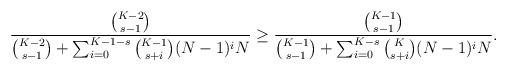
LaTeX: \begin{align*}\frac{\binom{K-2}{s-1}}{\binom{K-2}{s-1}+\sum_{i=0}^{K-1-s} \binom{K-1}{s+i}(N-1)^iN} &\geq \frac{\binom{K-1}{s-1}}{\binom{K-1}{s-1}+\sum_{i=0}^{K-s} \binom{K}{s+i}(N-1)^iN}.\end{align*}